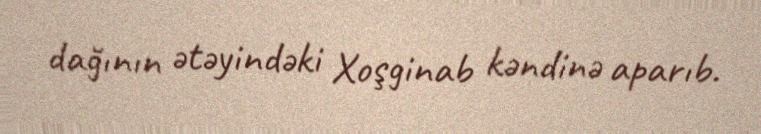
dağının ətəyindəki Xoşginab kəndinə aparıb.